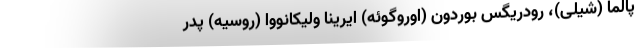
پالما (شیلی)، رودریگس بوردون (اوروگوئه) ایرینا ولیکانووا (روسیه) پدر